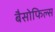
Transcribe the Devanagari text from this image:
बैसोफिल्स